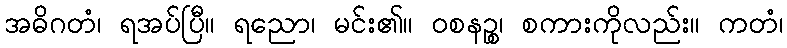
အဓိဂတံ၊ ရအပ်ပြီ။ ရညော၊ မင်း၏။ ဝစနဉ္စ၊ စကားကိုလည်း။ ကတံ၊